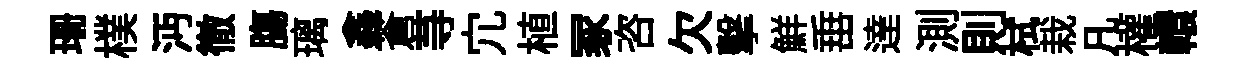
珊樸沔徹膓璃鑫蒼䒭宂植冢咨欠擊鮮𡸁達測則栻栽凡權轘